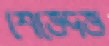
শেভেদভ